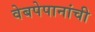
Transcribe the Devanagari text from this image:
वेबपेपानांची